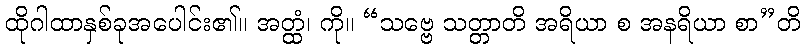
ထိုဂါထာနှစ်ခုအပေါင်း၏။ အတ္ထံ၊ ကို။ “သဗ္ဗေ သတ္တာတိ အရိယာ စ အနရိယာ စာ”တိ